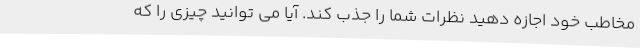
مخاطب خود اجازه دهید نظرات شما را جذب کند. آیا می توانید چیزی را که